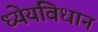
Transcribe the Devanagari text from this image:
ध्येयविधान